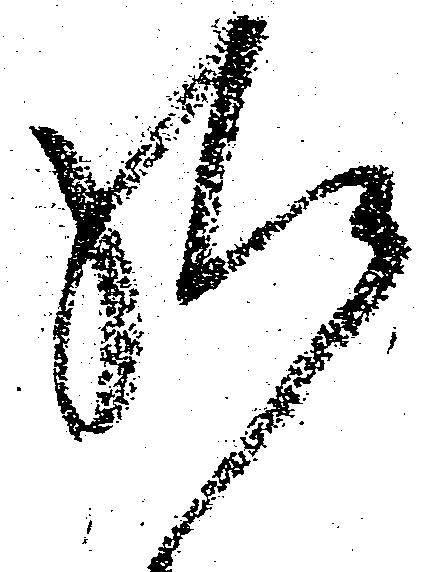
給